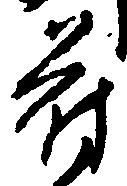
苻